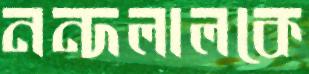
নন্দলালকে